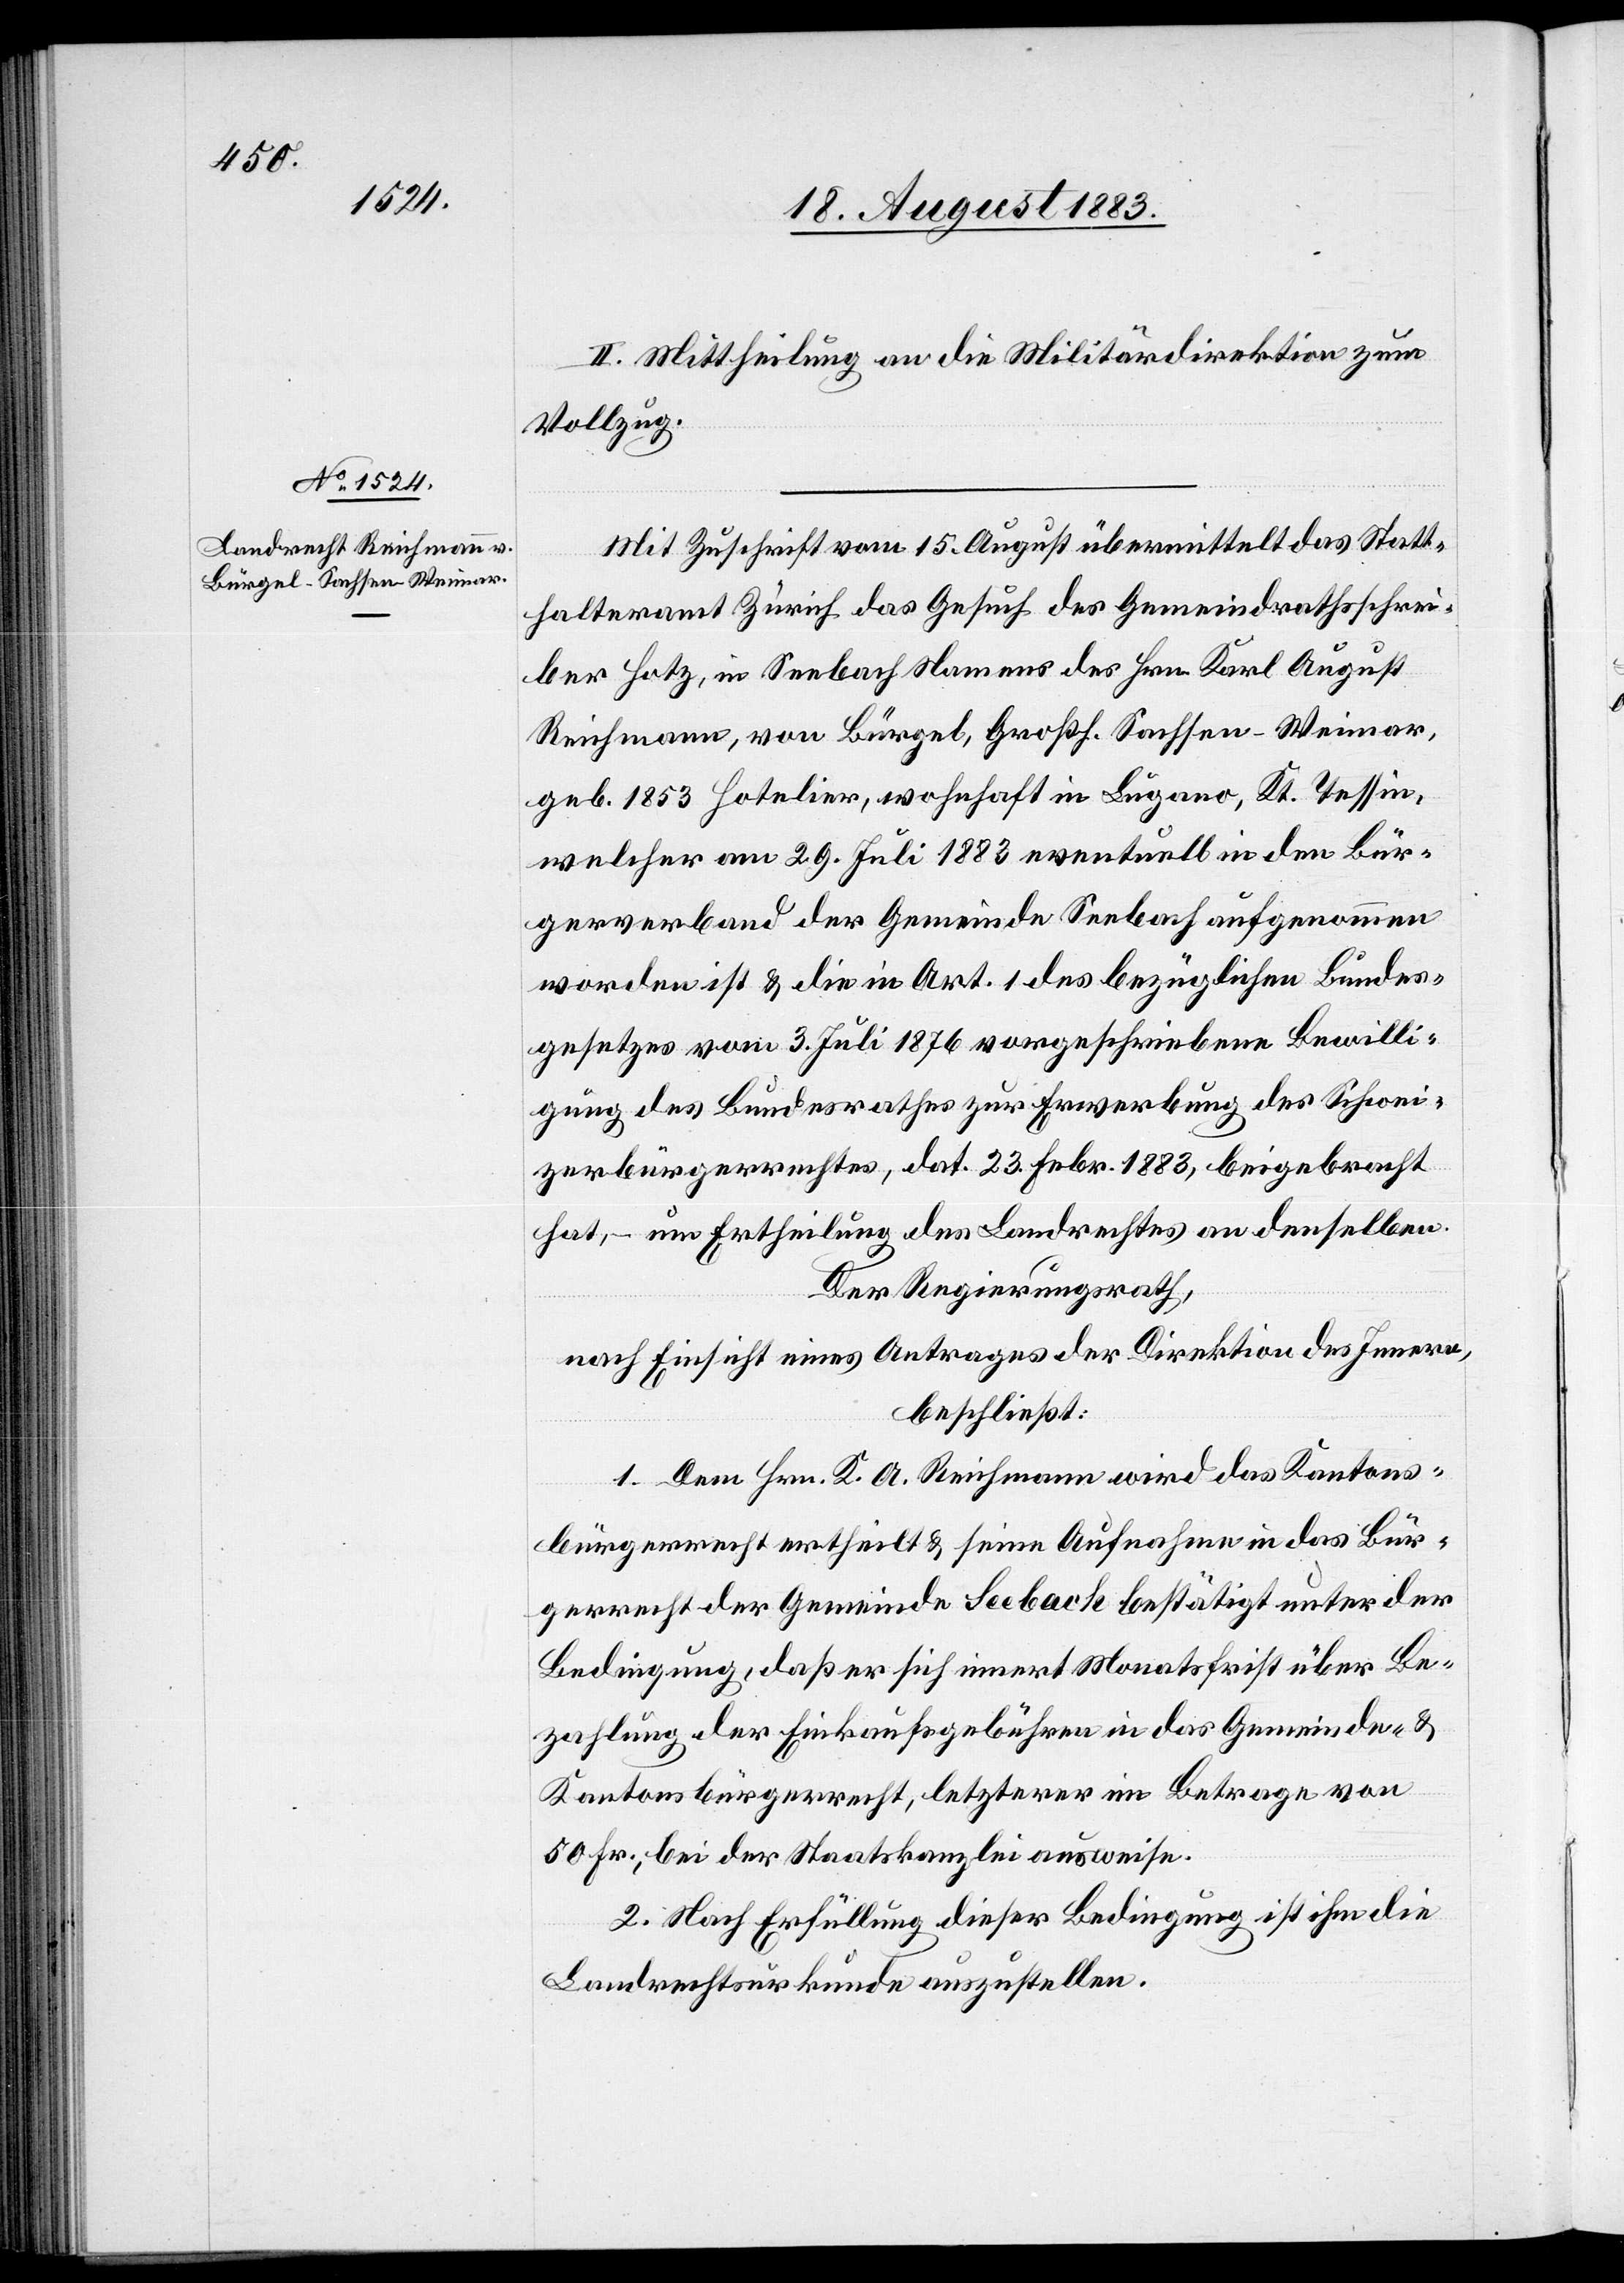
II. Mittheilung an die Militärdirektion zum
Vollzug.
Mit Zuschrift vom 15. August übermittelt das Statt¬
halteramt Zürich das Gesuch des Gemeindrathsschrei¬
ber Hotz, in Seebach Namens des Hrn. Karl August
Reichmann, von Bürgel, Großh. Sachsen-Weimar,
geb. 1853 Hotelier, wohnhaft in Lugano, Kt. Tessin,
welcher am 29. Juli 1883 eventuell in den Bür¬
gerverband der Gemeinde Seebach aufgenommen
worden ist & die in Art. 1 des bezüglichen Bundes¬
gesetzes vom 3. Juli 1876 vorgeschriebene Bewilli¬
gung des Bundesrathes zur Erwerbung des Schwei¬
zerbürgerrechtes, dat. 23. Febr. 1883, beigebracht
hat, – um Ertheilung des Landrechtes an denselben.
Der Regierungsrath,
nach Einsicht eines Antrages der Direktion des Innern,
beschließt:
1. Dem Hrn. K. A. Reichmann wird das Kantons¬
bürgerrecht ertheilt & seine Aufnahme in das Bür¬
gerrecht der Gemeinde Seebach bestätigt unter der
Bedingung, daß er sich innert Monatsfrist über Be¬
zahlung der Einkaufsgebühren in das Gemeinde- &
Kantonsbürgerrecht, letzterer im Betrage von
50 Fr., bei der Staatskanzlei ausweise.
2. Nach Erfüllung dieser Bedingung ist ihm die
Landrechtsurkunde auszustellen.